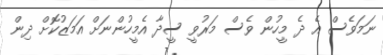
ނަމަވެސް އެ ދެ މީހުން ވެސް މަރުވީ ސީދާ އެމީހުންނަށް އަމަޒުކޮށް ދިން